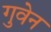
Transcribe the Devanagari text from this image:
गुवेन